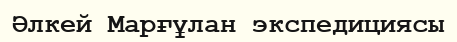
Әлкей Марғұлан экспедициясы